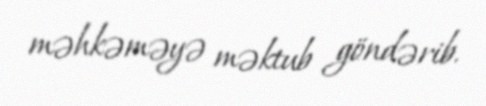
məhkəməyə məktub göndərib.